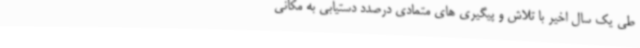
طی یک سال اخیر با تلاش و پیگیری های متمادی درصدد دستیابی به مکانی